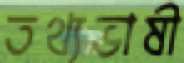
তথ্যভাষী